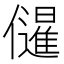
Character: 𭀌